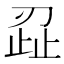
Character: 𭃷